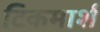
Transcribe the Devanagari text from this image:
टिकमार्श